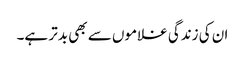
ان کی زندگی غلاموں سے بھی بدتر ہے۔